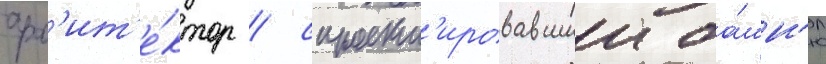
арх'ит'е́ктор / спроект'ировавшии ба́шн'ю